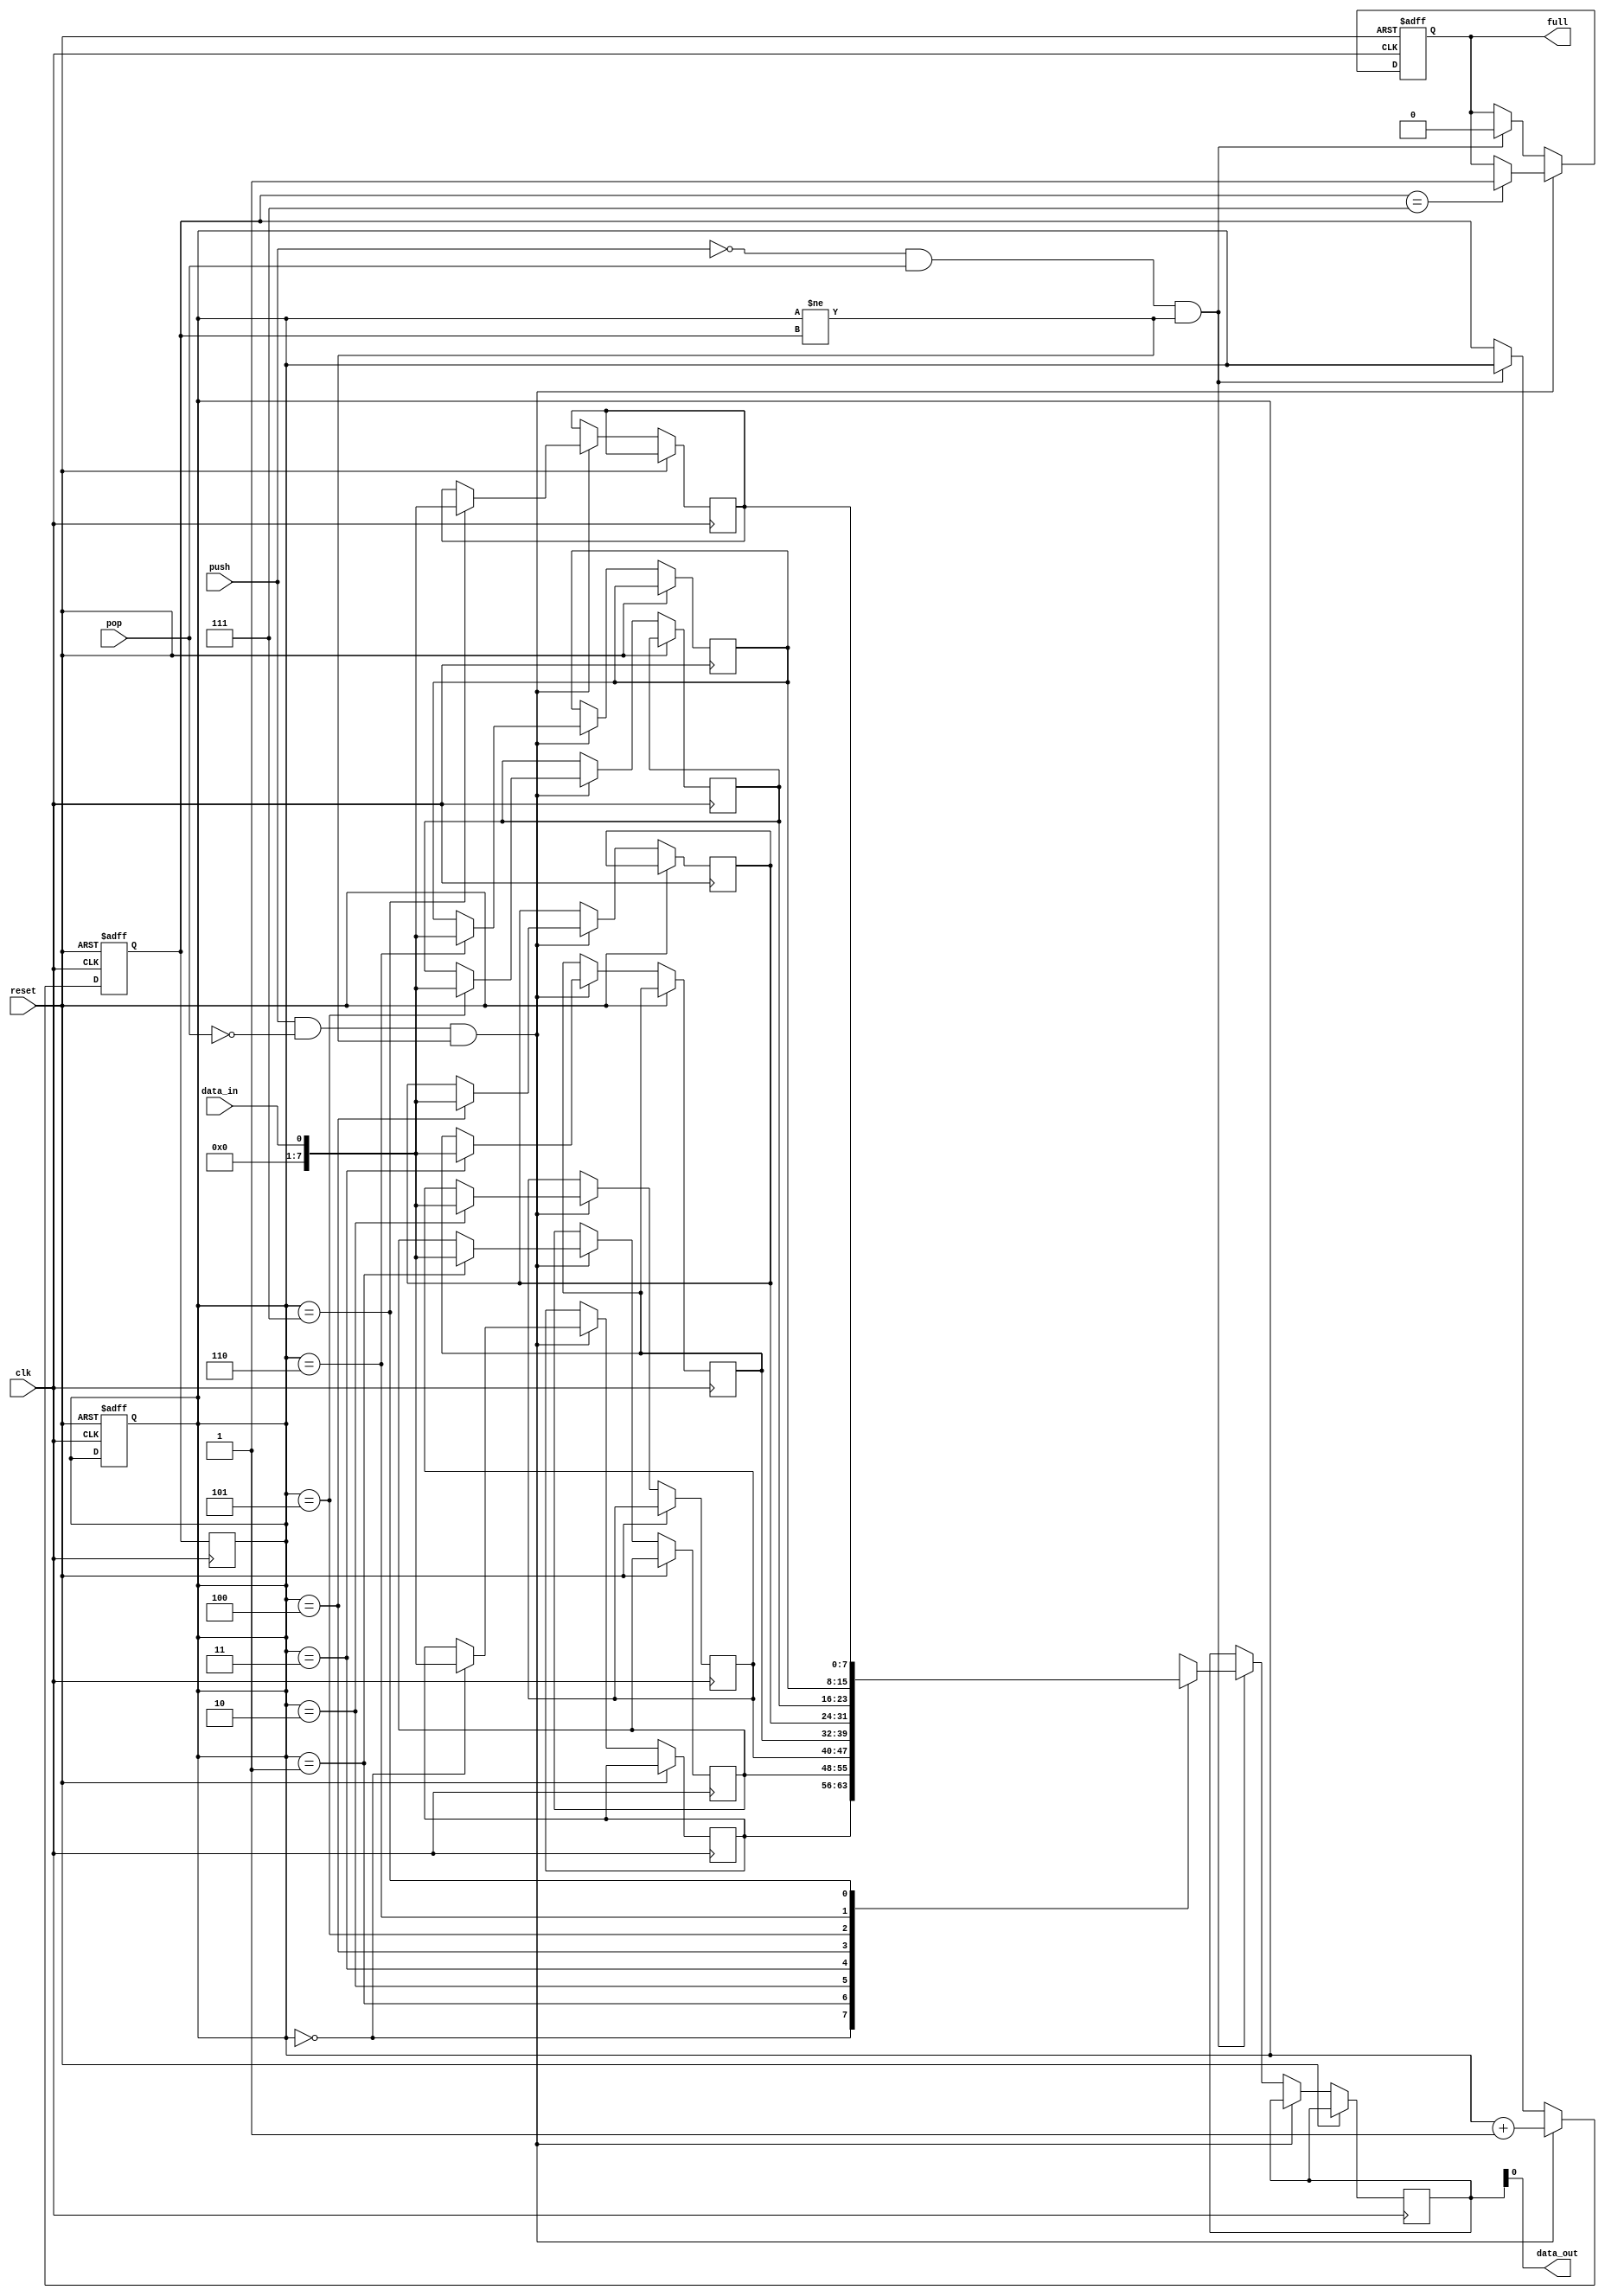
module lifo (
    input wire clk,  // Clock signal
    input wire reset,  // Reset signal
    input wire data_in,  // Input data
    input wire push,  // Push control signal
    input wire pop,  // Pop control signal
    output wire data_out,  // Output data
    output wire full  // Full signal
);

reg [7:0] stack [0:7];  // 8-element stack, each element is an 8-bit data
reg [2:0] top = 0;  // Top index of the stack
reg [2:0] next_top = 0;  // Next top index of the stack
reg [7:0] output_data;  // Output data for pop operation
reg stack_full = 0;  // Stack full signal

always @(posedge clk or posedge reset) begin
    if (reset) begin
        top <= 0;
        next_top <= 0;
        stack_full <= 0;
    end else begin
        if (push && !pop && top != next_top) begin
            stack[top] <= data_in;
            next_top <= top + 1;
            if (next_top == 7) begin
                stack_full <= 1;
            end
        end else if (!push && pop && top != next_top) begin
            output_data <= stack[top];
            next_top <= top;
            if (stack_full) begin
                stack_full <= 0;
            end
        end
    end
end

always @(posedge clk) begin
    top <= next_top;
end

assign data_out = output_data;
assign full = stack_full;

endmodule